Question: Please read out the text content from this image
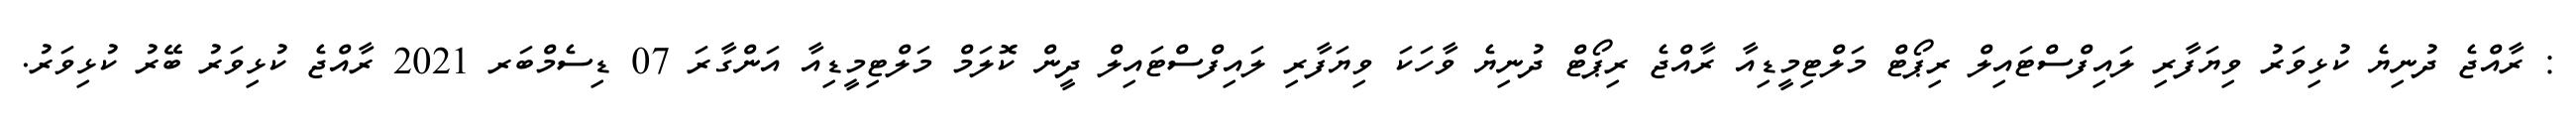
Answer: : ރާއްޖެ ދުނިޔެ ކުޅިވަރު ވިޔަފާރި ލައިފްސްޓައިލް ރިޕޯޓް މަލްޓިމީޑިއާ ރާއްޖެ ރިޕޯޓް ދުނިޔެ ވާހަކަ ވިޔަފާރި ލައިފްސްޓައިލް ދީން ކޮލަމް މަލްޓިމީޑިއާ އަންގާރަ 07 ޑިސެމްބަރ 2021 ރާއްޖެ ކުޅިވަރު ބޭރު ކުޅިވަރު.